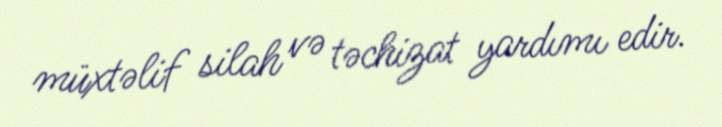
müxtəlif silah və təchizat yardımı edir.